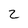
Character: 2